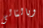
وبالتالى